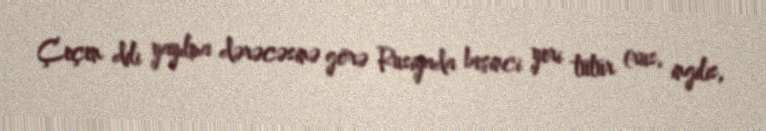
Çeçen dili yayılma dərəcəsinə görə Rusiyada beşinci yeri tutur (rus, ingilis,